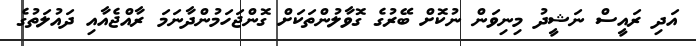
އަދި ރައީސް ނަޝީދު މިނިވަން ނުކޮށް ބޭރުގެ ގޮވާލުންތަކަށް ގޮންޖަހަމުންދާނަމަ ރާއްޖެއާއި ދައުލަތުގެ